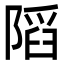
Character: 䧟